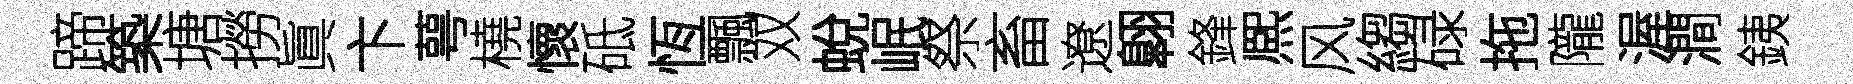
蹄築塘撈眞卞萼橈懷砥恆飄双蛻岷祭畜遼翺鋒熈风縐碌拖隴渥澗銕